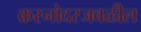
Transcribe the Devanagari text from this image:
क्रस्नोदरजवळील